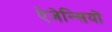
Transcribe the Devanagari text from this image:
ऐजेन्सियों